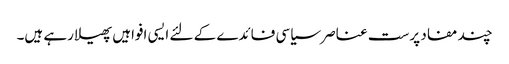
چند مفاد پرست عناصر سیاسی فائدے کے لئے ایسی افواہیں پھیلا رہے ہیں۔